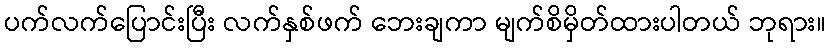
ပက်လက်ပြောင်းပြီး လက်နှစ်ဖက် ဘေးချကာ မျက်စိမှိတ်ထားပါတယ် ဘုရား။